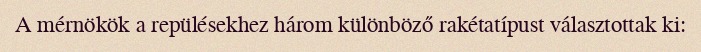
A mérnökök a repülésekhez három különböző rakétatípust választottak ki: